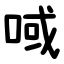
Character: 㖪